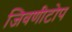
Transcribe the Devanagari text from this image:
जिवणीटोप